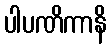
ပါပဏိကာနိ